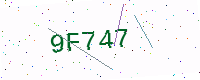
Text: 9F747